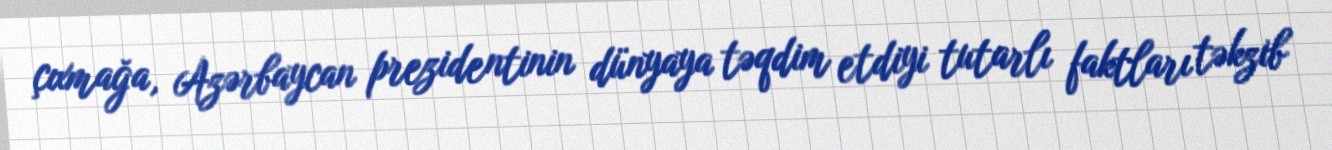
çıxmağa, Azərbaycan prezidentinin dünyaya təqdim etdiyi tutarlı faktları təkzib